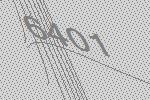
6401